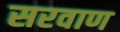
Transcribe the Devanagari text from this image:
सरवाण